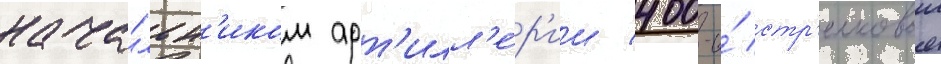
нача́льн'иком арт'илл'е́р'ии 400-и́ стр'елковои